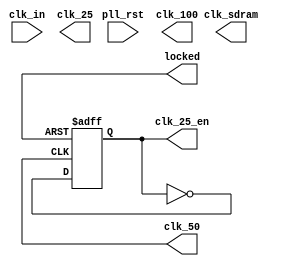
// clock.v
// 2016, rok.krajnc@gmail.com


module clock (
  input  wire           pll_rst,    // asynhronous reset input
  input  wire           clk_in,     // input clock        ( 27.000000MHz)
  output wire           clk_sdram,  // SDRAM clock (100 MHz, -146.25deg)
  output wire           clk_100,    // 100MHz clock
  output wire           clk_50,     // 50MHz clock
  output wire           clk_25,     // 25MHz clock
  output wire           locked,     // PLL locked output
  output wire           clk_25_en   // 25 MHz clock enable on 50MHz clock domain
);



`ifdef SOC_SIM

//// simulation clocks ////
reg            clk_sdram_r;
reg            clk_100_r;
reg            clk_50_r;
reg            clk_25_r;
reg            pll_locked_r;
initial begin
  pll_locked_r  = 1'b0;
  wait (!pll_rst);
  #50;
  pll_locked_r  = 1'b1;
end
initial begin
  clk_sdram_r   = 1'b1;
  #1;
  wait (pll_locked_r);
  #1;
  forever #5 clk_sdram_r = ~clk_sdram_r;
end
initial begin
  clk_100_r     = 1'b1;
  #1;
  wait (pll_locked_r);
  #1;
  forever #5 clk_100_r = ~clk_100_r;
end
initial begin
  clk_50_r      = 1'b1;
  #1;
  wait (pll_locked_r);
  #1;
  forever #10 clk_50_r  = ~clk_50_r;
end
initial begin
  clk_25_r      = 1'b1;
  #1;
  wait (pll_locked_r);
  #1;
  forever #20 clk_25_r  = ~clk_25_r;
end
assign clk_sdram  = clk_sdram_r;
assign locked     = pll_locked_r;
assign clk_100    = clk_100_r;
assign clk_50     = clk_50_r;
assign clk_25     = clk_25_r;


`else // !SOC_SIM


//// FPGA PLL ////

// device-specific PLL/DCM
`ifdef QSOC_CYCLONE3
clock_cyclone3 fpga_clock_i (
  .areset   (pll_rst  ),
  .inclk0   (clk_in   ),
  .c0       (clk_sdram),
  .c1       (clk_100  ),
  .c2       (clk_50   ),
  .c3       (clk_25   ),
  .locked   (locked   )
);
`endif // QSOC_CYCLONE3

`ifdef QSOC_XILINX
clock_xilinx fpga_clock_i (
  .areset   (pll_rst  ),
  .inclk0   (clk_in   ),
  .c0       (clk_sdram),
  .c1       (clk_100  ),
  .c2       (clk_50   ),
  .c2       (clk_25   ),
  .locked   (locked   )
);
`endif // QSOC_XILINX

`endif // SOC_SIM



//// generated clocks ////

reg clk_25_en_reg = 1'b1;
always @ (posedge clk_50, negedge locked) begin
  if (!locked) begin
    clk_25_en_reg <= #1 1'b1;
  end else begin
    clk_25_en_reg <= #1 ~clk_25_en_reg;
  end
end

assign clk_25_en = clk_25_en_reg;



endmodule